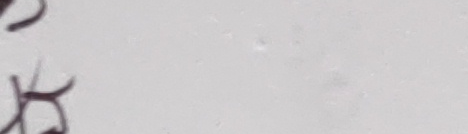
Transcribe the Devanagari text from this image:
छु